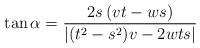
LaTeX: \begin{align*}\tan \alpha =\dfrac{\allowbreak 2s\left( vt-ws\right) }{\left\vert(t^{2}-s^{2})v-2wts\right\vert } \end{align*}